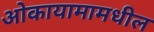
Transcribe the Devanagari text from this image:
ओकायामामधील